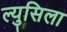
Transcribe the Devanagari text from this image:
ल्युसिला